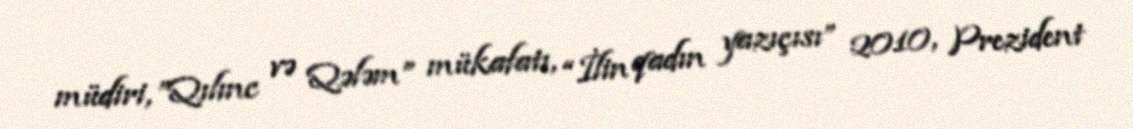
müdiri, ”Qılınc və Qələm” mükafatı, “İlin qadın yazıçısı” 2010, Prezident